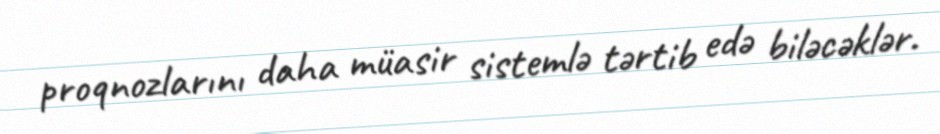
proqnozlarını daha müasir sistemlə tərtib edə biləcəklər.